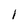
Character: 1